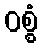
ဝစ္စံ